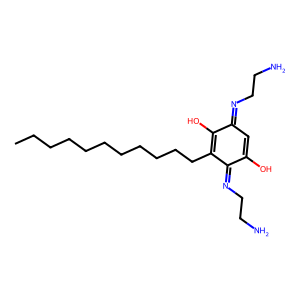
SMILES: CCCCCCCCCCCC1=C(O)C(=NCCN)C=C(O)C1=NCCN
Inhibits HIV replication: No